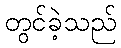
တွင်ခဲ့သည်